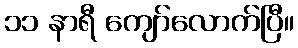
၁၁ နာရီ ကျော်လောက်ပြီ။